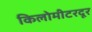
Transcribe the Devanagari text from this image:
किलोमीटरदूर